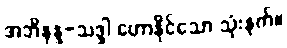
အဘိနန္ဒ-သဒ္ဒါ ဟောနိုင်သော သုံးနက်။